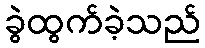
ခွဲထွက်ခဲ့သည်